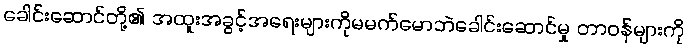
ခေါင်းဆောင်တို့၏ အထူးအခွင့်အရေးများကိုမမက်မောဘဲခေါင်းဆောင်မှု တာဝန်များကို